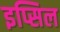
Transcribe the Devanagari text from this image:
इप्सिल